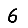
Digit: 6